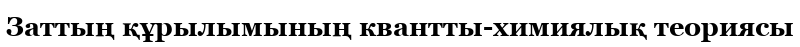
Заттың құрылымының квантты-химиялық теориясы